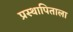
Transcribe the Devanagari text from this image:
प्रस्थापिताला